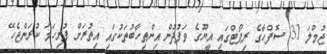
ޖުމްލަ 31 ސޮފްހާގެ ރިޕޯޓްގައި އީޔޫގެ ވަފުދުން އިންތިހާބުތަކުގައި އިތުރަށް ފުރިހަމަ ކުރަންޖެހޭ